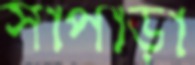
সাপাড়া